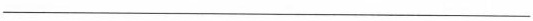
___